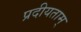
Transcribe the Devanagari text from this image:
प्रदीयताम्